Report on enteric fever
Disease focus: Fever
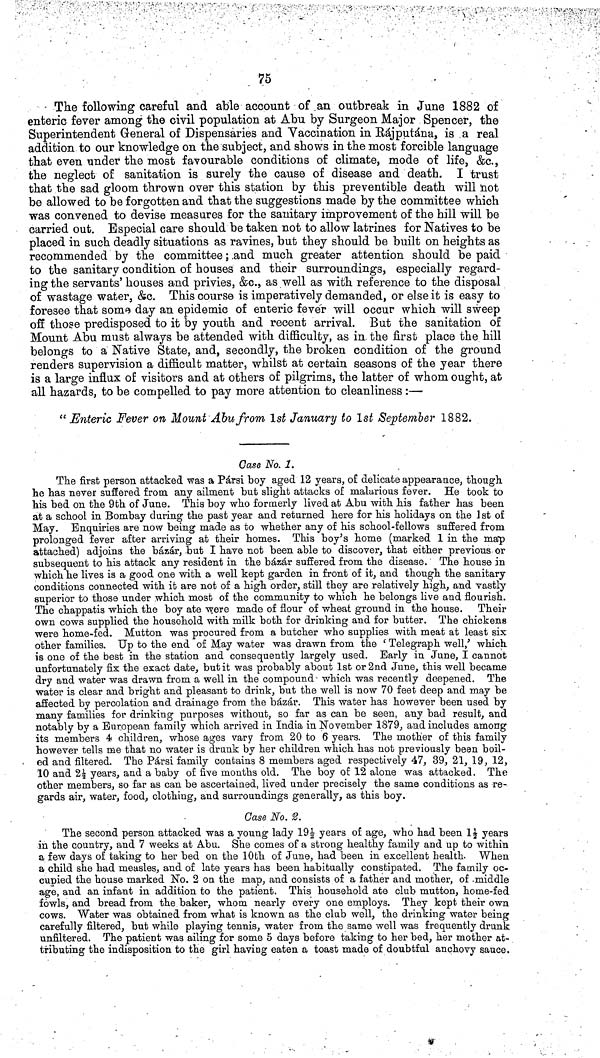
75
The following careful and able account of an outbreak in June 1882 of
enteric fever among the civil population at Abu by Surgeon Major Spencer, the
Superintendent General of Dispensaries and Vaccination in Rájputána, is a real
addition to our knowledge on the subject, and shows in the most forcible language
that even under the most favourable conditions of climate, mode of life, &c.,
the neglect of sanitation is surely the cause of disease and death. I trust
that the sad gloom thrown over this station by this preventible death will not
be allowed to be forgotten and that the suggestions made by the committee which
was convened to devise measures for the sanitary improvement of the hill will be
carried out. Especial care should be taken not to allow latrines for Natives to be
placed in such deadly situations as ravines, but they should be built on heights as
recommended by the committee; and much greater attention should be paid
to the sanitary condition of houses and their surroundings, especially regard-
ing the servants' houses and privies, &c., as well as with reference to the disposal
of wastage water, &c. This course is imperatively demanded, or else it is easy to
foresee that some day an epidemic of enteric fever will occur which will sweep
off those predisposed to it by youth and recent arrival. But the sanitation of
Mount Abu must always be attended with difficulty, as in the first place the hill
belongs to a Native State, and, secondly, the broken condition of the ground
renders supervision a difficult matter, whilst at certain seasons of the year there
is a large influx of visitors and at others of pilgrims, the latter of whom ought, at
all hazards, to be compelled to pay more attention to cleanliness :—
"Enteric Fever on Mount Abu from 1st January to 1st September 1882.
Case No. 1.
The first person attacked was a Pársi boy aged 12 years, of delicate appearance, though
he has never suffered from any ailment but slight attacks of malarious fever. He took to
his bed on the 9th of June. This boy who formerly lived at Abu with his father has been
at a school in Bombay during the past year and returned here for his holidays on the 1st of
May. Enquiries are now being made as to whether any of his school fellows suffered from
prolonged fever after arriving at their homes. This boy's home (marked 1 in the map
attached) adjoins the bazar, but I have not been able to discover, that either previous or
subsequent to his attack any resident in the bazar suffered from the disease. The house in
which he lives is a good one with a well kept garden in front of it, and though the sanitary
conditions connected with it are not of a high order, still they are relatively high, and vastly
superior to those under which most of the community to which he belongs live and flourish.
The chappatis which the boy ate were made of flour of wheat ground in the house. Their
own cows supplied the household with milk both for drinking and for butter. The chickens
were home fed. Mutton was procured from a butcher who supplies with meat at least six
other families. Up to the end of May water was drawn from the 'Telegraph well,' which
is one of the best in the station and consequently largely used. Early in June, I cannot
unfortunately fix the exact date, but it was probably about 1st or 2nd June, this well became
dry and water was drawn from a well in the compound which was recently deepened. The
water is clear and bright and pleasant to drink, but the well is now 70 feet deep and may be
affected by percolation and drainage from the bazar. This water has however been used by
many families for drinking purposes without, so far as can be seen, any bad result, and
notably by a European family which arrived in India in November 1879, and includes among
its members 4 children, whose ages vary from 20 to 6 years. The mother of this family
however tells me that no water is drunk by her children which has not previously been boil-
ed and filtered. The Pársi family contains 8 members aged respectively 47, 39, 21, 19, 12,
10 and 2½ years, and a baby of five months old. The boy of 12 alone was attacked. The
other members, so far as can be ascertained, lived under precisely the same conditions as re-
gards air, water, food, clothing, and surroundings generally, as this boy.
Case No. 2.
The second person attacked was a young lady 19½ years of age, who had been 1½ years
in the country, and 7 weeks at Abu. She comes of a strong healthy family and up to within
a few days of taking to her bed on the 10th of June, had been in excellent health. When
a child she had measles, and of late years has been habitually constipated. The family oc-
cupied the house marked No. 2 on the map, and consists of a father and mother, of middle
age, and an infant in addition to the patient. This household ate club mutton, home fed
fowls, and bread from the baker, whom nearly every one employs. They kept their own
cows. Water was obtained from what is known as the club well, the drinking water being
carefully filtered, but while playing tennis, water from the same well was frequently drunk
unfiltered. The patient was ailing for some 5 days before taking to her bed, her mother at-
tributing the indisposition to the girl having eaten a toast made of doubtful anchovy sauce.